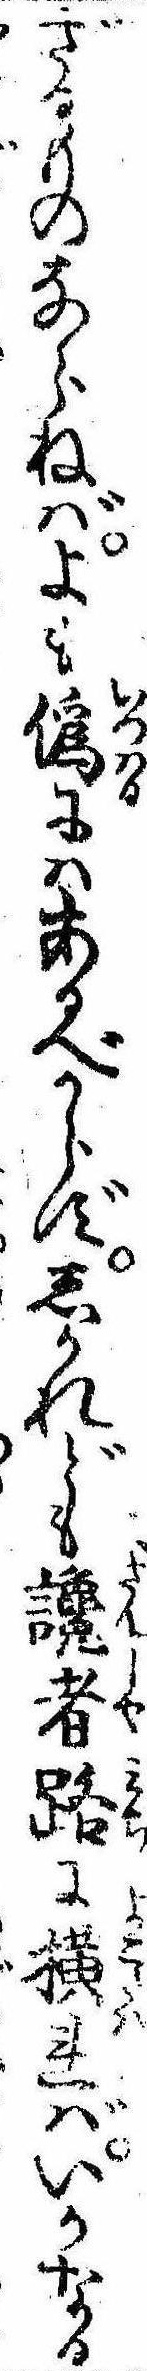
ざるものならねばよも偽にはあるべからずしかれども讒者路に横ればいかなる